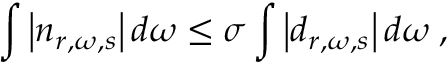
\int \left| n _ { r , \omega , s } \right| d \omega \leq \sigma \int \left| d _ { r , \omega , s } \right| d \omega \; ,